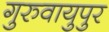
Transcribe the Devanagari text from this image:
गुरुवायुपुर